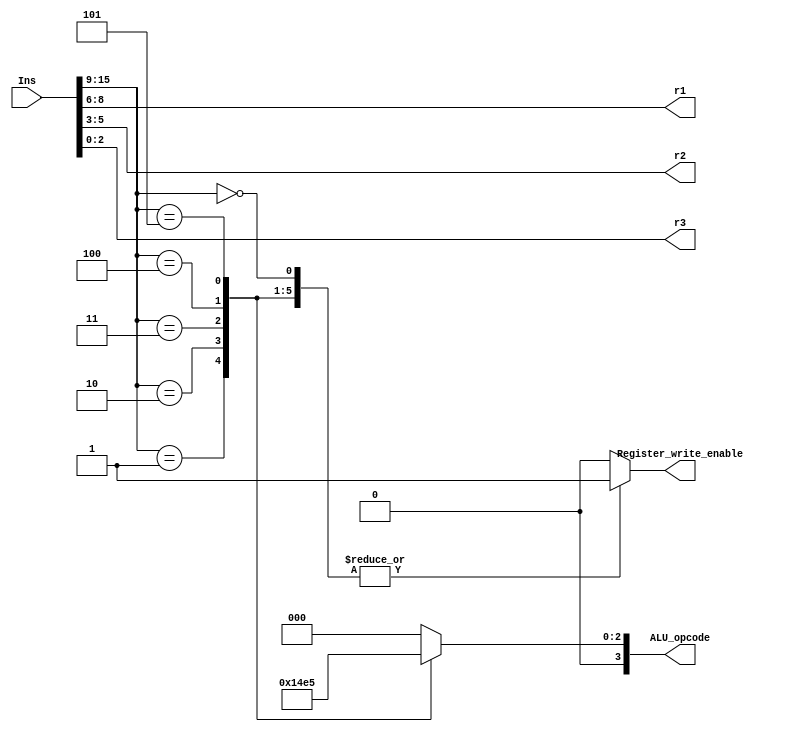
// This program was cloned from: https://github.com/DingWH03/verilog-demo
// License: GNU General Public License v3.0

module CU (
    input [15:0] Ins,
    output wire Register_write_enable,
    output wire [3:0] ALU_opcode,
    output wire [2:0] r1, r2, r3
);
reg Register_write_enable_r;
reg [3:0] ALU_opcode_r;
reg [2:0] r1_r, r2_r, r3_r;
reg [6:0] opcode;
assign r1 = r1_r;
assign r2 = r2_r;
assign r3 = r3_r;
assign ALU_opcode = ALU_opcode_r;
assign Register_write_enable = Register_write_enable_r;
always @ (Ins) begin
    opcode = Ins[15:9];
    r1_r = Ins[8:6];
    r2_r = Ins[5:3];
    r3_r = Ins[2:0];
    case (opcode)
        7'b0000000: begin
            ALU_opcode_r = 4'b0000;       // 
            Register_write_enable_r = 1;
        end
        7'b0000001: begin
            ALU_opcode_r = 4'b0001;       // 
            Register_write_enable_r = 1;
        end
        7'b0000010: begin
            ALU_opcode_r = 4'b0010;       // 
            Register_write_enable_r = 1;
        end
        7'b0000011: begin
            ALU_opcode_r = 4'b0011;       // 
            Register_write_enable_r = 1;
        end
        7'b0000100: begin
            ALU_opcode_r = 4'b0100;      // 
            Register_write_enable_r = 1;
        end
        7'b0000101: begin
            ALU_opcode_r = 4'b0101;      // 
            Register_write_enable_r = 1;
        end
        default: begin
            ALU_opcode_r = 4'b0;       // 0
            Register_write_enable_r = 0;
        end
    endcase
end
endmodule